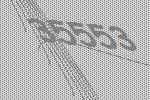
35553